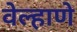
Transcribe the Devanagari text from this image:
वेल्हाणे